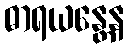
ဓာရယန္တေန